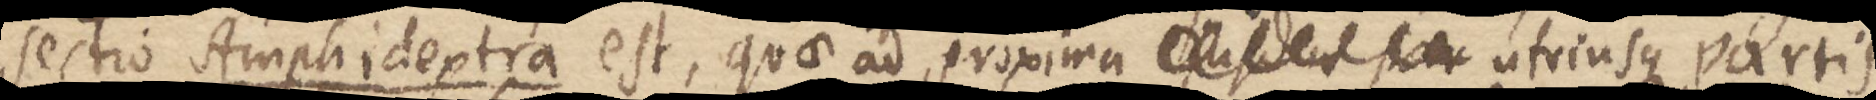
sectio Amphidextra est, quae ad proxima _ utriusque partis